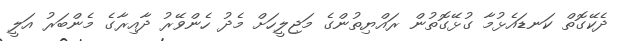
ދެކޭގޮތް ކަނޑައެޅުމާ ގުޅޭގޮތުން ރައްޔިތުންގެ މަޖިލީހަށް މެދު ހެންވޭރު ދާއިރާގެ މެންބަރު އަލީ